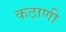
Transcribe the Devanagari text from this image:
कठाणी